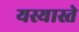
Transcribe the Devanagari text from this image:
यस्यास्ते